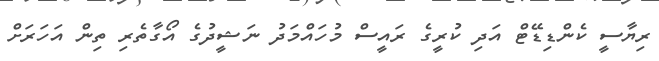
ރިޔާސީ ކެންޑިޑޭޓް އަދި ކުރީގެ ރައީސް މުހައްމަދު ނަޝީދުގެ އޯގާތެރި ތިން އަހަރަށް